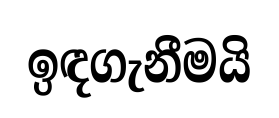
ඉඳගැනීමයි